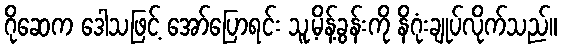
ဂိုဆေက ဒေါသဖြင့် အော်ပြောရင်း သူ့မိန့်ခွန်းကို နိဂုံးချုပ်လိုက်သည်။